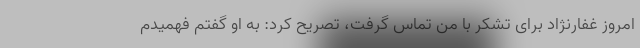
امروز غفارنژاد برای تشکر با من تماس گرفت، تصریح کرد: به او گفتم فهمیدم